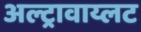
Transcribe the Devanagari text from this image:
अल्ट्रावाय्लट